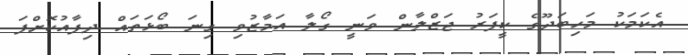
އެކަމަކު މަހިބަދޫގެ ކީޕަރު ޖަޒްލާން ވަނީ ގޯލާ އަމާޒުވި ގިނަ ބޯޅަތައް ދިފާއުކޮށްފަ